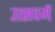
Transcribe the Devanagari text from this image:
उत्सवमें